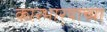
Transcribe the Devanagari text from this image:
कारभार्‍याच्या